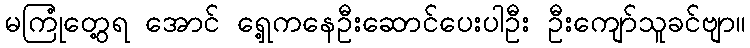
မကြုံတွေ့ရ အောင် ရှေ့ကနေဦးဆောင်ပေးပါဦး ဦးကျော်သူခင်ဗျာ။